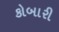
કોબારી